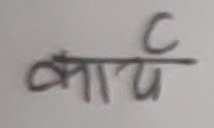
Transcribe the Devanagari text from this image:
कार्य